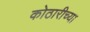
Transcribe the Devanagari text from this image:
कोठारीच्या